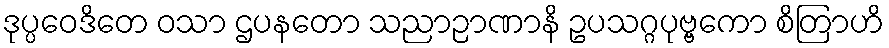
ဒုပ္ပဝေဒိတေ ဝသာ ဌပနတော သညာဉာဏာနိ ဥပသဂ္ဂပုဗ္ဗကော စိတြာဟိ